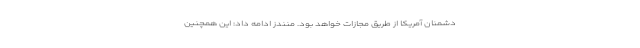
دشمنان آمریکا از طریق مجازات خواهد بود. منندز ادامه داد: این همچنین